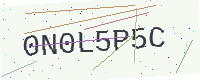
Text: 0N0L5P5C